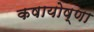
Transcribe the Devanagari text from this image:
कषायोष्णा